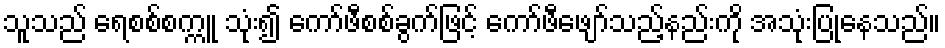
သူသည် ရေစစ်စက္ကူ သုံး၍ ကော်ဖီစစ်ခွက်ဖြင့် ကော်ဖီဖျော်သည့်နည်းကို အသုံးပြုနေသည်။